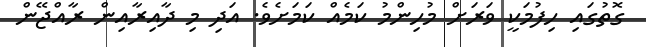
ގޮތުގައި ހިފުމަކީ ވަރަށް މުހިންމު ކަމެއް ކަމަށެވެ. އަދި މި ދާއިރާއިން ރާއްޖޭން